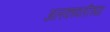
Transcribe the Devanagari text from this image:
अलकावतीच्या